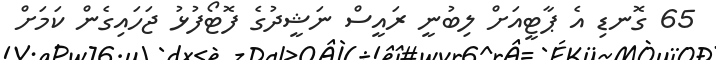
65 ގޮނޑި އެ ޕާޓީއަށް ލިބުނީ ރައީސް ނަޝީދުގެ ފޮޓޯފުޅު ޖަހައިގެން ކަމަށް